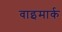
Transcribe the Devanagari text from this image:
वाइमार्क